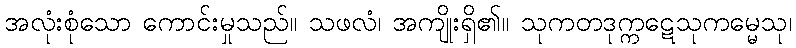
အလုံးစုံသော ကောင်းမှုသည်။ သဖလံ၊ အကျိုးရှိ၏။ သုကတဒုက္ကဋေသုကမ္မေသု၊